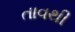
તાવથી